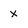
Character: x